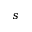
s